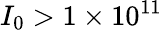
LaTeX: I_{0}>1\times 10^{11}